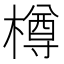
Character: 樽